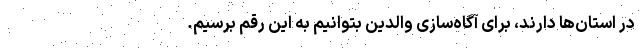
در استان‌ها دارند، برای آگاه‌سازی والدین بتوانیم به این رقم برسیم.